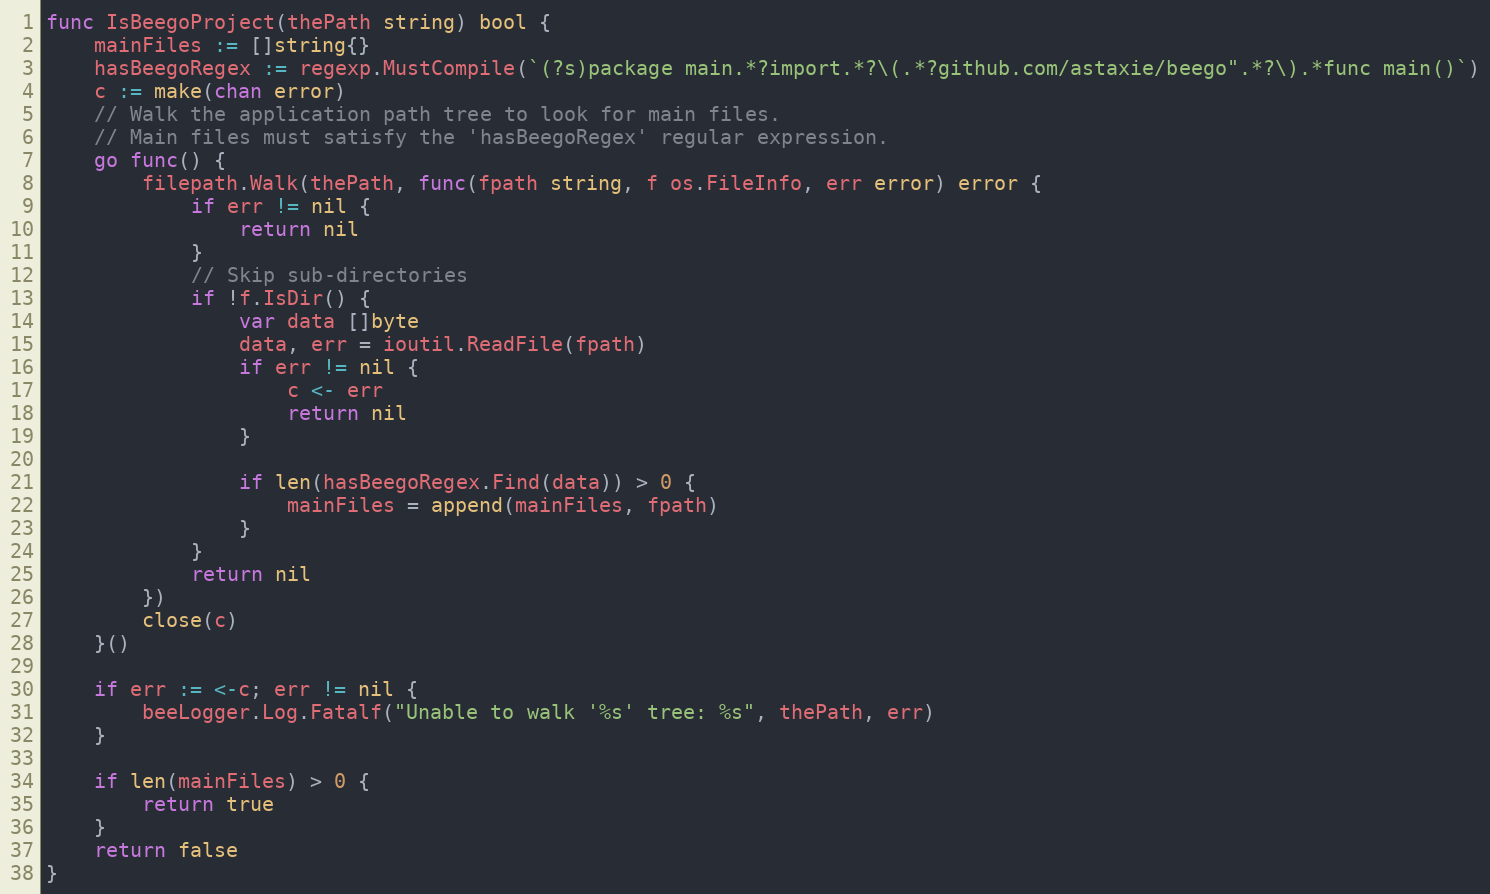
Language: Go
func IsBeegoProject(thePath string) bool {
	mainFiles := []string{}
	hasBeegoRegex := regexp.MustCompile(`(?s)package main.*?import.*?\(.*?github.com/astaxie/beego".*?\).*func main()`)
	c := make(chan error)
	// Walk the application path tree to look for main files.
	// Main files must satisfy the 'hasBeegoRegex' regular expression.
	go func() {
		filepath.Walk(thePath, func(fpath string, f os.FileInfo, err error) error {
			if err != nil {
				return nil
			}
			// Skip sub-directories
			if !f.IsDir() {
				var data []byte
				data, err = ioutil.ReadFile(fpath)
				if err != nil {
					c <- err
					return nil
				}

				if len(hasBeegoRegex.Find(data)) > 0 {
					mainFiles = append(mainFiles, fpath)
				}
			}
			return nil
		})
		close(c)
	}()

	if err := <-c; err != nil {
		beeLogger.Log.Fatalf("Unable to walk '%s' tree: %s", thePath, err)
	}

	if len(mainFiles) > 0 {
		return true
	}
	return false
}